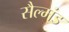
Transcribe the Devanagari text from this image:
सैल्मंड